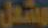
مشعل